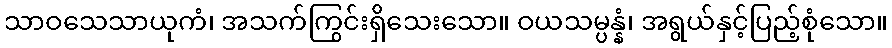
သာဝသေသာယုကံ၊ အသက်ကြွင်းရှိသေးသော။ ဝယသမ္ပန္နံ၊ အရွယ်နှင့်ပြည့်စုံသော။